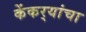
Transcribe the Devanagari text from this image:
केंकर्‍यांचा